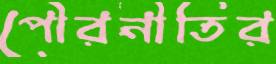
পৌরনীতির